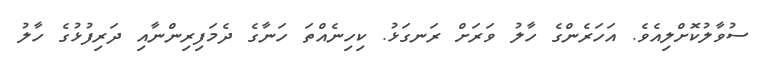
ސުވާލުކޮށްލިއެވެ. އަހަރެންގެ ހާލު ވަރަށް ރަނގަޅު. ކިހިނެއްތަ ހަނާގެ ދެމަފިރިންނާއި ދަރިފުޅުގެ ހާލު